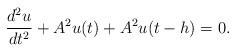
LaTeX: \begin{align*}\frac{{{d^2}u}}{{d{t^2}}} + {A^2}u(t) + {A^2}u(t - h) = 0.\end{align*}